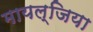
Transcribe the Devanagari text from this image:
मायल्जिया